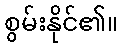
စွမ်းနိုင်၏။